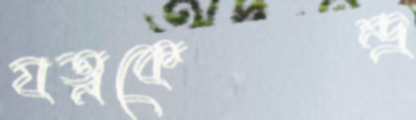
যত্নকেন্দ্র